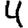
Digit: 4